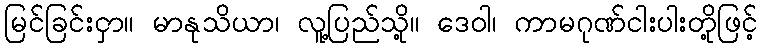
မြင်ခြင်းငှာ။ မာနုသိယာ၊ လူ့ပြည်သို့။ ဒေဝါ၊ ကာမဂုဏ်ငါးပါးတို့ဖြင့်